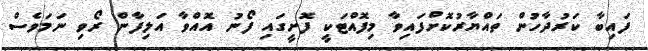
ފައިބާ ކަރުދާހުން ތައްޔާރުކޮށްފައިވާ މިފޮއްޓަކީ ފޮށީގައި ފޯނު އޮއްވާ އަލިފާން ރޯވި ނަމަވެސް